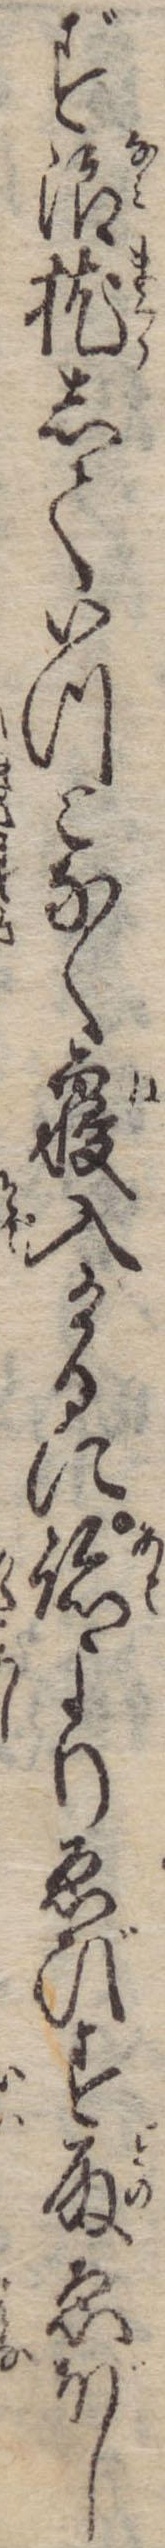
ず浪枕していつとなく寝入けるに跡よりゑびす殿ゑぼし